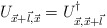
\begin{align*}U_{\vec{x}+\vec{l},\vec{x}}=U^{\dagger}_{\vec{x},\vec{x}+\vec{l}}\end{align*}